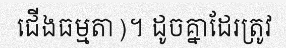
ជើងធម្មតា)។ ដូចគ្នាដែរត្រូវ